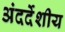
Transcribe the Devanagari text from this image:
अंदर्देशीय